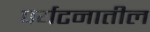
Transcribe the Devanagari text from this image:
पर्यटनातील